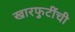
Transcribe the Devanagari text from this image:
खारफुटींची